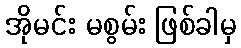
အိုမင်း မစွမ်း ဖြစ်ခါမှ